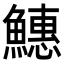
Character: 𬵪